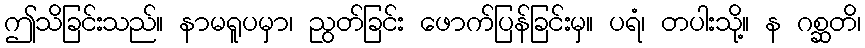
ဤသိခြင်းသည်။ နာမရူပမှာ၊ ညွတ်ခြင်း ဖောက်ပြန်ခြင်းမှ။ ပရံ၊ တပါးသို့။ န ဂစ္ဆတိ၊